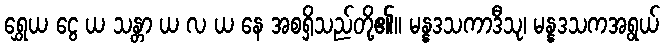
ရွှေယ ငွေ ယ သန္တာ ယ လ ယ နေ အစရှိသည်တို့၏။ မန္နဒသကာဒီသု၊ မန္နဒသကအရွယ်